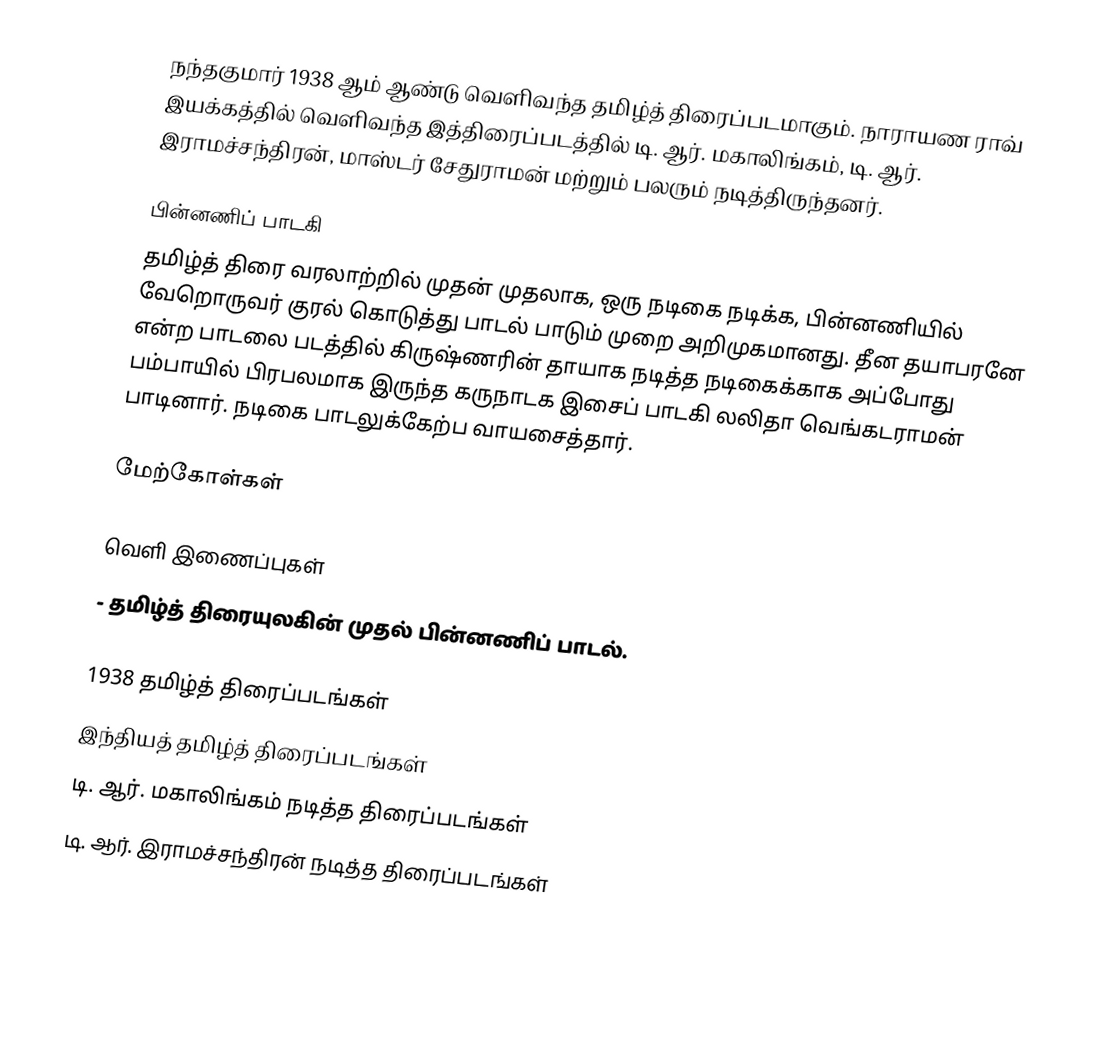
நந்தகுமார் 1938 ஆம் ஆண்டு வெளிவந்த தமிழ்த் திரைப்படமாகும். நாராயண ராவ் இயக்கத்தில் வெளிவந்த இத்திரைப்படத்தில் டி. ஆர். மகாலிங்கம், டி. ஆர். இராமச்சந்திரன், மாஸ்டர் சேதுராமன் மற்றும் பலரும் நடித்திருந்தனர்.

பின்னணிப் பாடகி
தமிழ்த் திரை வரலாற்றில் முதன் முதலாக, ஒரு நடிகை நடிக்க, பின்னணியில் வேறொருவர் குரல் கொடுத்து பாடல் பாடும் முறை அறிமுகமானது. தீன தயாபரனே என்ற பாடலை படத்தில் கிருஷ்ணரின் தாயாக நடித்த நடிகைக்காக அப்போது பம்பாயில் பிரபலமாக இருந்த கருநாடக இசைப் பாடகி லலிதா வெங்கடராமன் பாடினார். நடிகை பாடலுக்கேற்ப வாயசைத்தார்.

மேற்கோள்கள்

வெளி இணைப்புகள்
 - தமிழ்த் திரையுலகின் முதல் பின்னணிப் பாடல்.

1938 தமிழ்த் திரைப்படங்கள்
இந்தியத் தமிழ்த் திரைப்படங்கள்
டி. ஆர். மகாலிங்கம் நடித்த திரைப்படங்கள்
டி. ஆர். இராமச்சந்திரன் நடித்த திரைப்படங்கள்